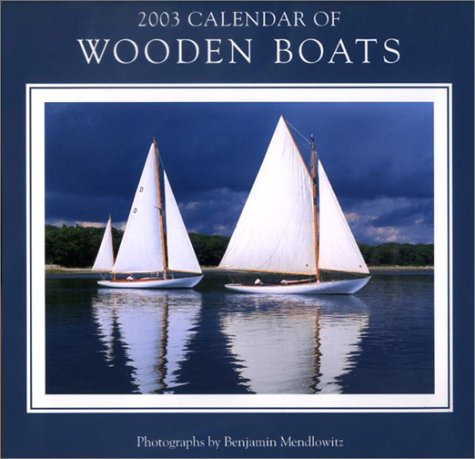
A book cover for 2003 Calendar of Wooden BoatsÂ®; Calendars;